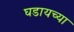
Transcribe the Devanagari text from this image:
घडायच्या